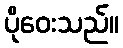
ပိုဝေးသည်။